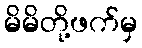
မိမိတို့ဖက်မှ